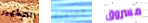
التطهير جماعية مسروق